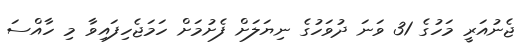
ޖެނުއަރީ މަހުގެ 31 ވަނަ ދުވަހުގެ ނިޔަލަށް ފެށުމަށް ހަމަޖެހިފައިވާ މި ހާއްސަ